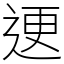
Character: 䢚